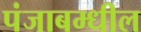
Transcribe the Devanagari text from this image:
पंजाबम्धील